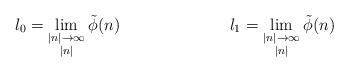
LaTeX: \begin{align*}l_0&=\lim_{\substack{|n|\to\infty \\ |n|}}\tilde{\phi}(n) & l_1&=\lim_{\substack{|n|\to\infty \\ |n|}}\tilde{\phi}(n)\end{align*}